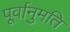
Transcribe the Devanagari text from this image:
पूर्वानुमति